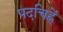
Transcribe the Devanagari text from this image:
पदचिह्नें